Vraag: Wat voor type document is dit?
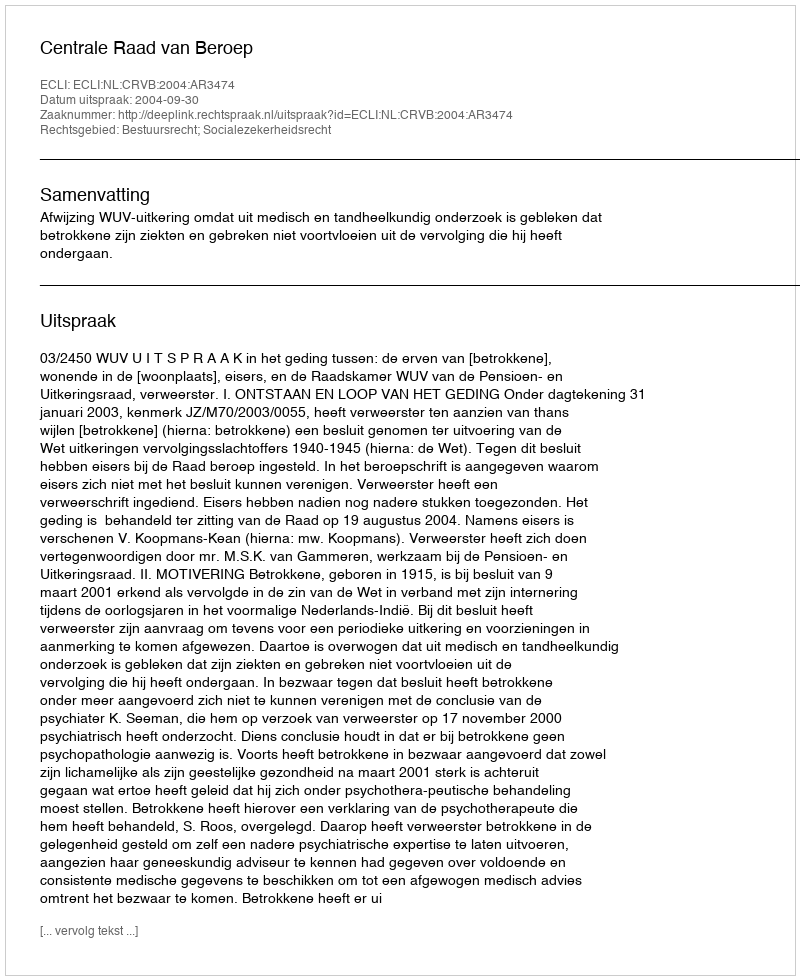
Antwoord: Uitspraak